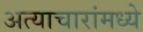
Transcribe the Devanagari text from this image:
अत्याचारांमध्ये